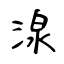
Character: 湶